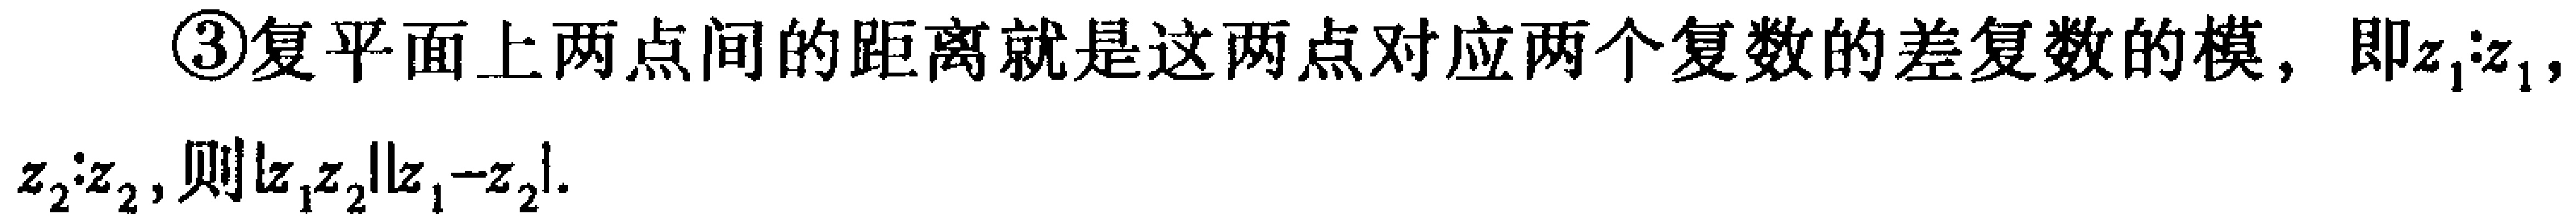
\textcircled{3}复平面上两点间的距离就是这两点对应两个复数的差复数的模, 即\(z_{1}:z_{1}\), \(z_{2}:z_{2}\), 则\(\vert z_{1}z_{2}\vert\vert z_{1} - z_{2}\vert\).